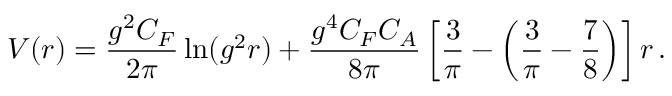
V ( r ) = \frac { g ^ { 2 } C _ { F } } { 2 \pi } \ln ( g ^ { 2 } r ) + \frac { g ^ { 4 } C _ { F } C _ { A } } { 8 \pi } \left[ { \frac { 3 } { \pi } } - \left( { \frac { 3 } { \pi } } - { \frac { 7 } { 8 } } \right) \right] r \, .